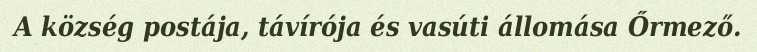
A község postája, távírója és vasúti állomása Őrmező.